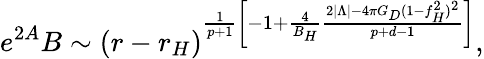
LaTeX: e^{2A}B\sim(r-r_{H})^{\frac{1}{p+1}\left[-1+\frac{4}{B_{H}}\frac{2|\Lambda|-4\pi G_{D}(1-f_{H}^{2})^{2}}{p+d-1}\right]},